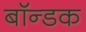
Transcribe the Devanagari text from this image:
बॉन्डक